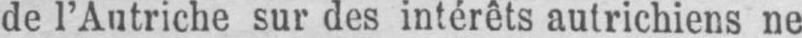
de l’Autriche sur des intérêts autrichiens ne